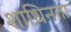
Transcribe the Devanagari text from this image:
शाधिनता